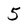
Character: 5